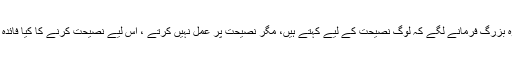
وہ بزرگ فرمانے لگے کہ لوگ نصیحت کے لیے کہتے ہیں، مگر نصیحت پر عمل نہیں کرتے ، اس لیے نصیحت کرنے کا کیا فائدہ ؟